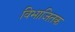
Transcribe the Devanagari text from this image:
विभाजितक